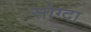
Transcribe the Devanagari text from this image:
सोग्दा